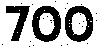
700